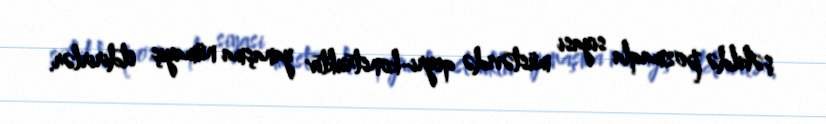
şəkildə pozmaqla siyasi müstəvidə qeyri-konstruktiv yanaşma nümayiş etdirirlər.